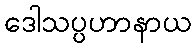
ဒေါသပ္ပဟာနာယ